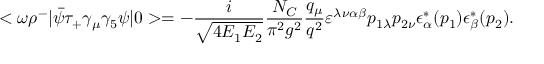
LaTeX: < \omega \rho ^ { - } | \bar { \psi } \tau _ { + } \gamma _ { \mu } \gamma _ { 5 } \psi | 0 > = - \frac { i } { \sqrt { 4 E _ { 1 } E _ { 2 } } } \frac { N _ { C } } { \pi ^ { 2 } g ^ { 2 } } \frac { q _ { \mu } } { q ^ { 2 } } \varepsilon ^ { \lambda \nu \alpha \beta } p _ { 1 \lambda } p _ { 2 \nu } \epsilon _ { \alpha } ^ { * } ( p _ { 1 } ) \epsilon _ { \beta } ^ { * } ( p _ { 2 } ) .